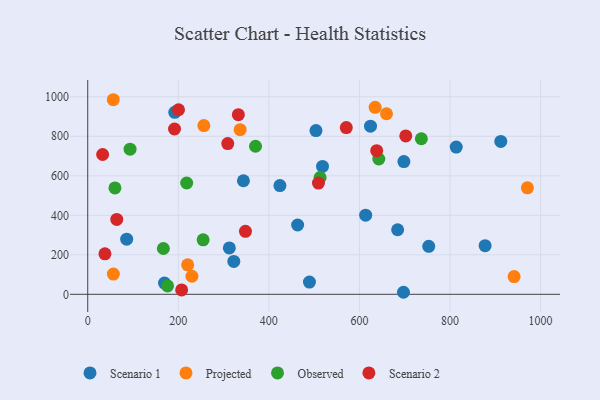
{"axis": {"x": "Ad Spend", "y": "Yield"}, "legend": ["Observed", "Projected", "Scenario 1", "Scenario 2"], "data": [{"x": "813.7", "y": 745.2, "type": "Scenario 1"}, {"x": "86.0", "y": 279.3, "type": "Scenario 1"}, {"x": "698.1", "y": 672.1, "type": "Scenario 1"}, {"x": "343.8", "y": 575.0, "type": "Scenario 1"}, {"x": "877.5", "y": 246.3, "type": "Scenario 1"}, {"x": "312.7", "y": 234.6, "type": "Scenario 1"}, {"x": "169.5", "y": 57.0, "type": "Scenario 1"}, {"x": "463.5", "y": 350.8, "type": "Scenario 1"}, {"x": "192.2", "y": 921.3, "type": "Scenario 1"}, {"x": "424.4", "y": 550.5, "type": "Scenario 1"}, {"x": "684.3", "y": 326.8, "type": "Scenario 1"}, {"x": "912.1", "y": 774.2, "type": "Scenario 1"}, {"x": "504.0", "y": 829.0, "type": "Scenario 1"}, {"x": "613.7", "y": 400.4, "type": "Scenario 1"}, {"x": "753.0", "y": 243.0, "type": "Scenario 1"}, {"x": "518.4", "y": 647.2, "type": "Scenario 1"}, {"x": "322.6", "y": 166.4, "type": "Scenario 1"}, {"x": "489.6", "y": 62.0, "type": "Scenario 1"}, {"x": "697.2", "y": 10.3, "type": "Scenario 1"}, {"x": "624.4", "y": 851.1, "type": "Scenario 1"}, {"x": "56.4", "y": 985.1, "type": "Projected"}, {"x": "56.6", "y": 102.2, "type": "Projected"}, {"x": "230.1", "y": 91.4, "type": "Projected"}, {"x": "634.6", "y": 946.4, "type": "Projected"}, {"x": "336.6", "y": 833.6, "type": "Projected"}, {"x": "659.7", "y": 914.2, "type": "Projected"}, {"x": "220.7", "y": 149.5, "type": "Projected"}, {"x": "970.8", "y": 539.3, "type": "Projected"}, {"x": "941.5", "y": 89.8, "type": "Projected"}, {"x": "256.4", "y": 854.1, "type": "Projected"}, {"x": "167.0", "y": 232.0, "type": "Observed"}, {"x": "93.5", "y": 735.0, "type": "Observed"}, {"x": "254.8", "y": 275.7, "type": "Observed"}, {"x": "513.1", "y": 591.3, "type": "Observed"}, {"x": "60.1", "y": 538.6, "type": "Observed"}, {"x": "736.7", "y": 787.5, "type": "Observed"}, {"x": "176.3", "y": 42.3, "type": "Observed"}, {"x": "642.7", "y": 685.0, "type": "Observed"}, {"x": "218.5", "y": 563.5, "type": "Observed"}, {"x": "370.5", "y": 749.6, "type": "Observed"}, {"x": "64.1", "y": 379.3, "type": "Scenario 2"}, {"x": "348.3", "y": 319.1, "type": "Scenario 2"}, {"x": "200.5", "y": 934.4, "type": "Scenario 2"}, {"x": "702.3", "y": 801.6, "type": "Scenario 2"}, {"x": "638.1", "y": 727.0, "type": "Scenario 2"}, {"x": "191.6", "y": 836.9, "type": "Scenario 2"}, {"x": "32.9", "y": 707.8, "type": "Scenario 2"}, {"x": "38.0", "y": 204.9, "type": "Scenario 2"}, {"x": "207.4", "y": 22.0, "type": "Scenario 2"}, {"x": "309.2", "y": 763.1, "type": "Scenario 2"}, {"x": "332.6", "y": 909.4, "type": "Scenario 2"}, {"x": "509.5", "y": 563.3, "type": "Scenario 2"}, {"x": "570.9", "y": 843.9, "type": "Scenario 2"}]}